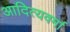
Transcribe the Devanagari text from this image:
आदित्यवर्मा